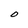
Character: 0